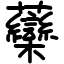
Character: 虊